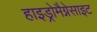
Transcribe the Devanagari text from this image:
हाइड्रोमैग्नेसाइट